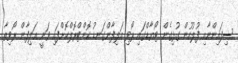
ސިފައިންނާއި ފުލުހުން ގުޅިގެން ޓޯޔާޑްގައި ރޯވި އަލިފާންގަނޑު ކޮންޓްރޮލްކޮށްފައި ވަނީ އަލިފާން ރޯވިތާ